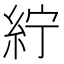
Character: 紵